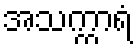
အသက္ကာရံ